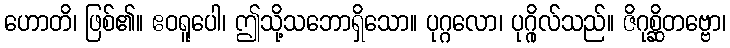
ဟောတိ၊ ဖြစ်၏။ ဧဝရူပေါ၊ ဤသို့သဘောရှိသော။ ပုဂ္ဂလော၊ ပုဂ္ဂိုလ်သည်။ ဇိဂုစ္ဆိတဗ္ဗော၊